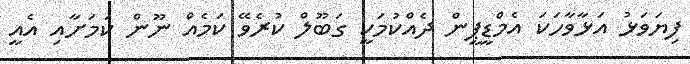
ފިޔަވަޅު އަޅާވާހަކަ އެމްޑީޕީން ދެއްކުމަކީ ގަބޫލް ކުރެވޭ ކަމެއް ނޫން ކަމަށާއި އެއީ